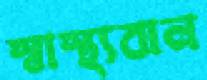
স্বাস্থ্যবান